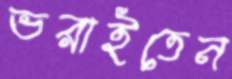
ভরাইতেন